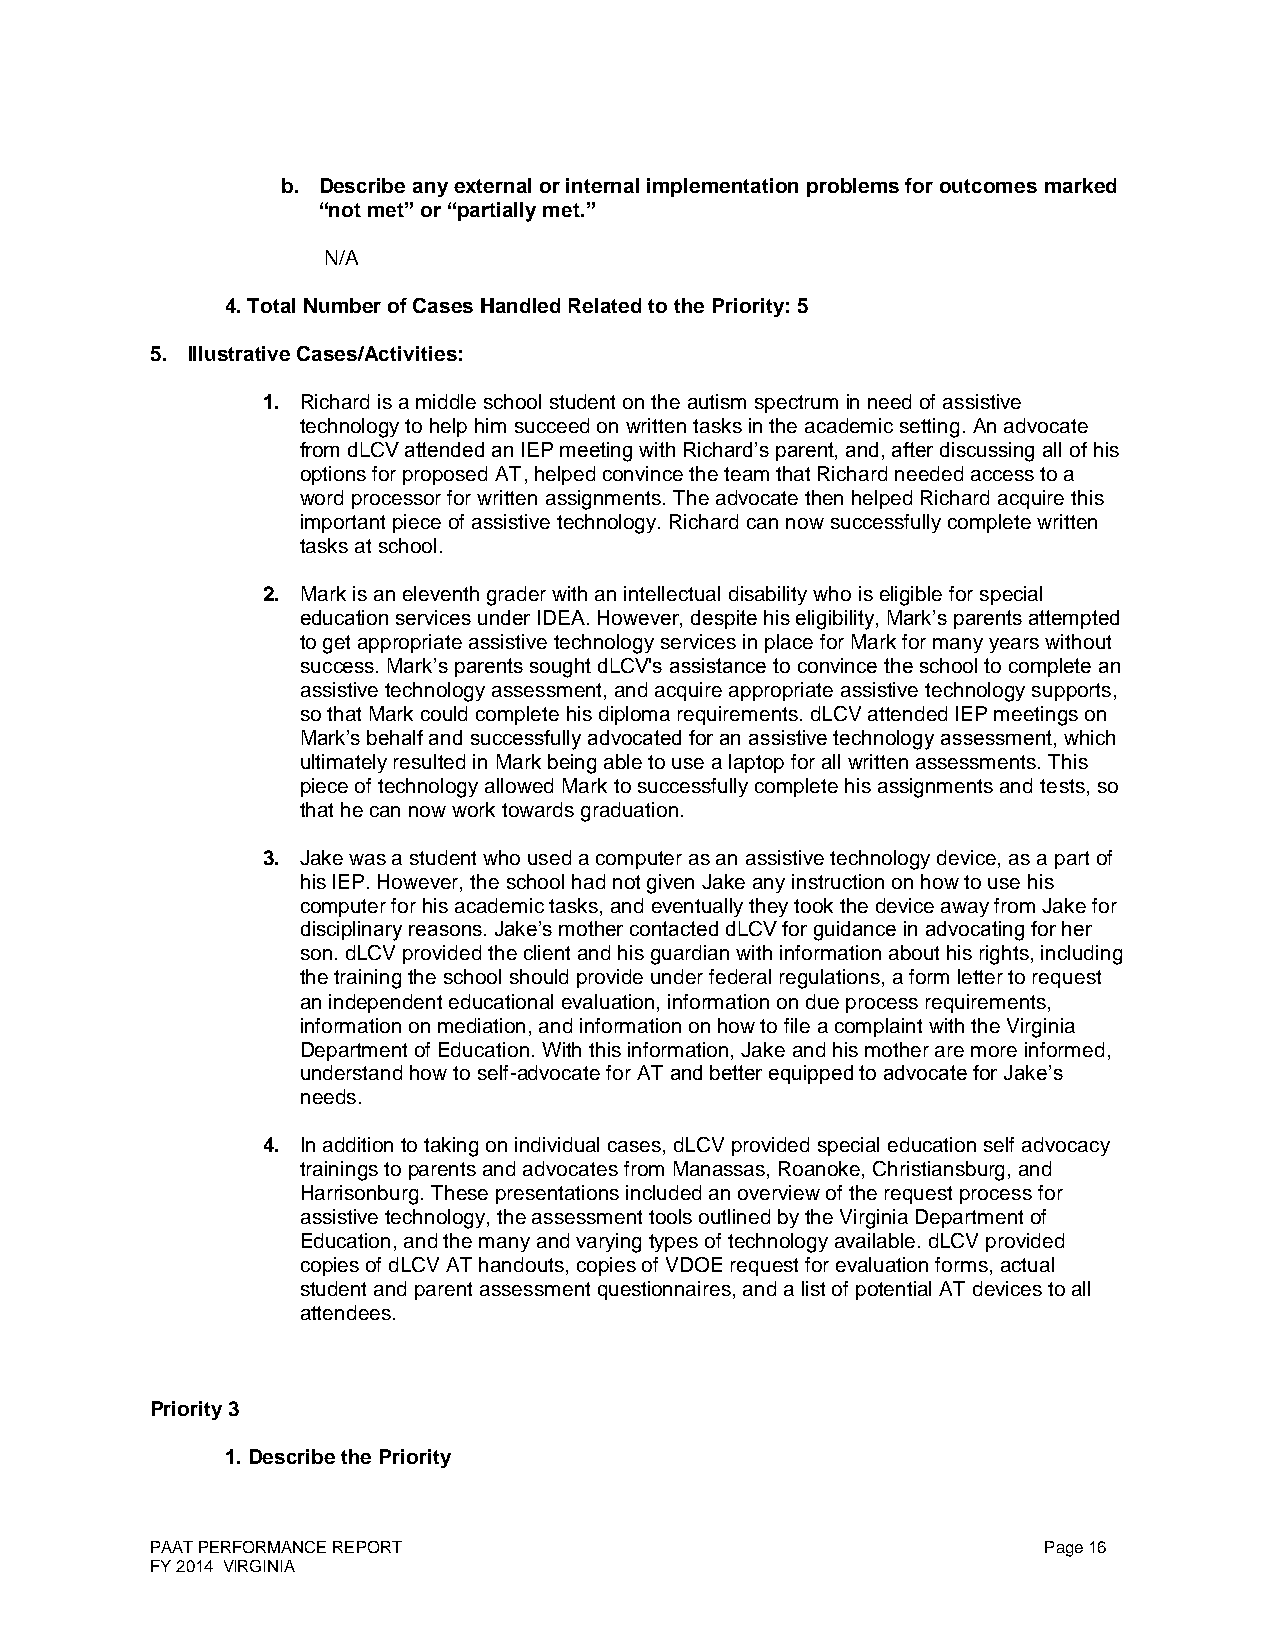
b. Describe any external or internal implementation problems for outcomes marked
 “not met” or “partially met.”
 N/A
 4. Total Number of Cases Handled Related to the Priority: 5
 5. Illustrative Cases/Activities:
 1. Richard is a middle school student on the autism spectrum in need of assistive
 technology to help him succeed on written tasks in the academic setting. An advocate
 from dLCV attended an IEP meeting with Richard’s parent, and, after discussing all of his
 options for proposed AT, helped convince the team that Richard needed access to a
 word processor for written assignments. The advocate then helped Richard acquire this
 important piece of assistive technology. Richard can now successfully complete written
 tasks at school.
 2. Mark is an eleventh grader with an intellectual disability who is eligible for special
 education services under IDEA. However, despite his eligibility, Mark’s parents attempted
 to get appropriate assistive technology services in place for Mark for many years without
 success. Mark’s parents sought dLCV's assistance to convince the school to complete an
 assistive technology assessment, and acquire appropriate assistive technology supports,
 so that Mark could complete his diploma requirements. dLCV attended IEP meetings on
 Mark’s behalf and successfully advocated for an assistive technology assessment, which
 ultimately resulted in Mark being able to use a laptop for all written assessments. This
 piece of technology allowed Mark to successfully complete his assignments and tests, so
 that he can now work towards graduation.
 3. Jake was a student who used a computer as an assistive technology device, as a part of
 his IEP. However, the school had not given Jake any instruction on how to use his
 computer for his academic tasks, and eventually they took the device away from Jake for
 disciplinary reasons. Jake’s mother contacted dLCV for guidance in advocating for her
 son. dLCV provided the client and his guardian with information about his rights, including
 the training the school should provide under federal regulations, a form letter to request
 an independent educational evaluation, information on due process requirements,
 information on mediation, and information on how to file a complaint with the Virginia
 Department of Education. With this information, Jake and his mother are more informed,
 understand how to self-advocate for AT and better equipped to advocate for Jake’s
 needs.
 4. In addition to taking on individual cases, dLCV provided special education self advocacy
 trainings to parents and advocates from Manassas, Roanoke, Christiansburg, and
 Harrisonburg. These presentations included an overview of the request process for
 assistive technology, the assessment tools outlined by the Virginia Department of
 Education, and the many and varying types of technology available. dLCV provided
 copies of dLCV AT handouts, copies of VDOE request for evaluation forms, actual
 student and parent assessment questionnaires, and a list of potential AT devices to all
 attendees.
 Priority 3
 1. Describe the Priority
 PAAT PERFORMANCE REPORT                                    Page 16
 FY 2014 VIRGINIA